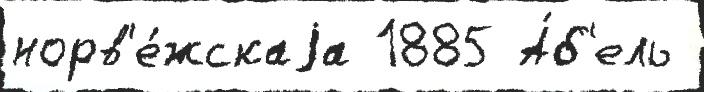
норв'е́жскаjа 1885 А́б'ель